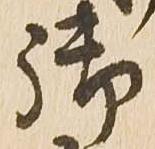
御